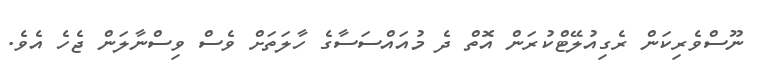
ނޫސްވެރިކަން ރެގިއުލޭޓްކުރަން އޮތް ދެ މުއައްސަސާގެ ހާލަތަށް ވެސް ވިސްނާލަން ޖެހެ އެވެ.